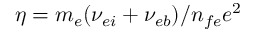
\eta = m _ { e } ( \nu _ { e i } + \nu _ { e b } ) / n _ { f e } e ^ { 2 }